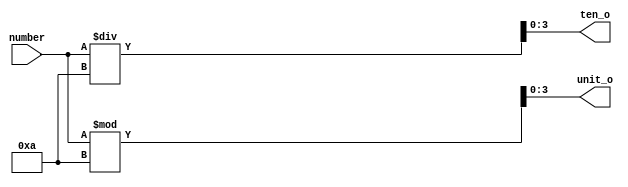
`timescale 1ns / 1ps
//////////////////////////////////////////////////////////////////////////////////
// Company: 
// Engineer: 
// 
// Design Name: 
// Module Name: extrac_bit
// Project Name: 
// Target Devices: 
// Tool Versions: 
// Description: 
// 
// Dependencies: 
// 
// Revision:
// Revision 0.01 - File Created
// Additional Comments:
// 
//////////////////////////////////////////////////////////////////////////////////


module extrac_bit(number,ten_o,unit_o);
input [3:0] number;
output reg [3:0] ten_o;
output reg [3:0] unit_o;

always @ (number)
begin
    ten_o <= number / 10;
    unit_o <= number % 10;
end

endmodule